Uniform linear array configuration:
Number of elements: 12
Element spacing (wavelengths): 0.5
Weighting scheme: hann
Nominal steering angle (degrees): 45
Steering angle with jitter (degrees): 44.305
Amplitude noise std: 0.05
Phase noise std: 0.05

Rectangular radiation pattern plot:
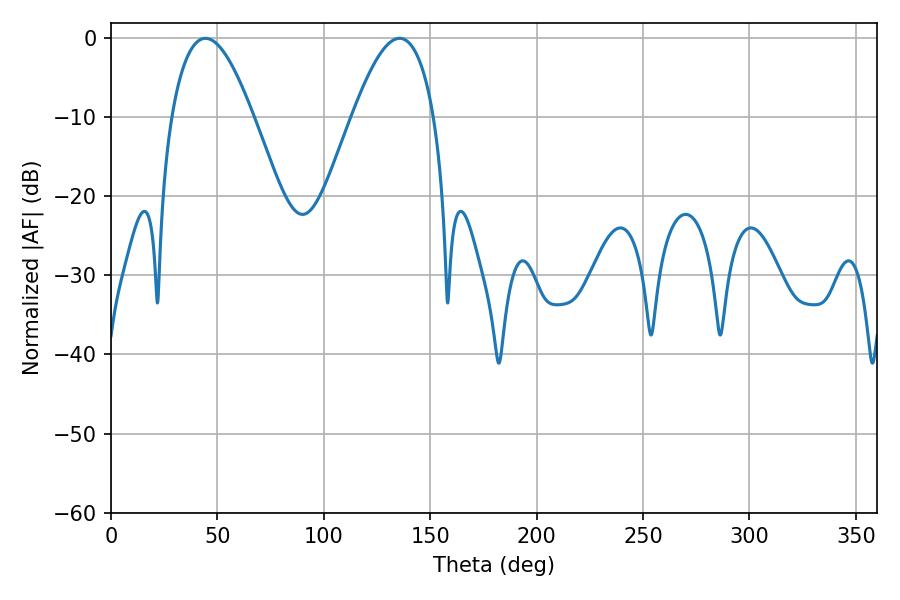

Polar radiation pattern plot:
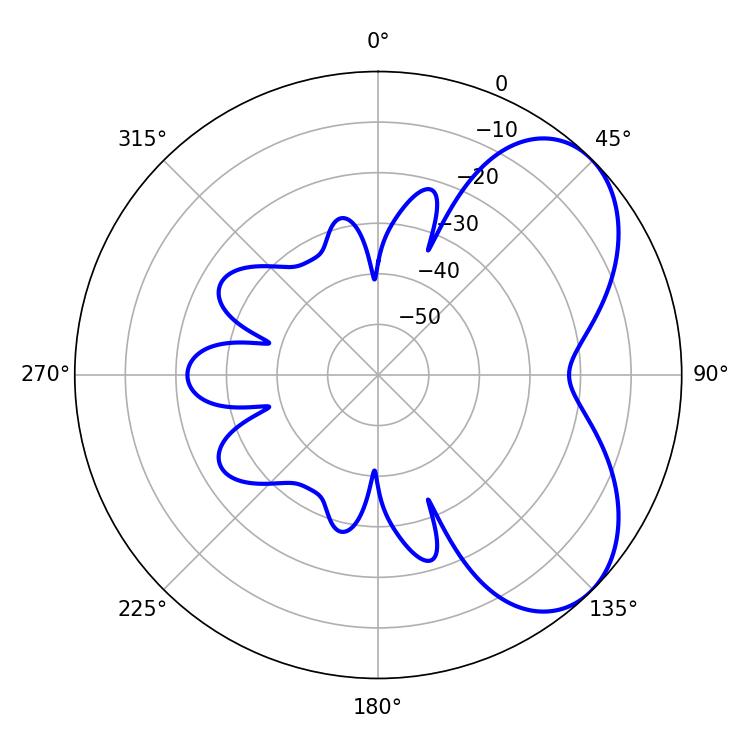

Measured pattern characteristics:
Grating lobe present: FALSE
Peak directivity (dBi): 5.492
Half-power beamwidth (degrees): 20.88
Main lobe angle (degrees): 44.46